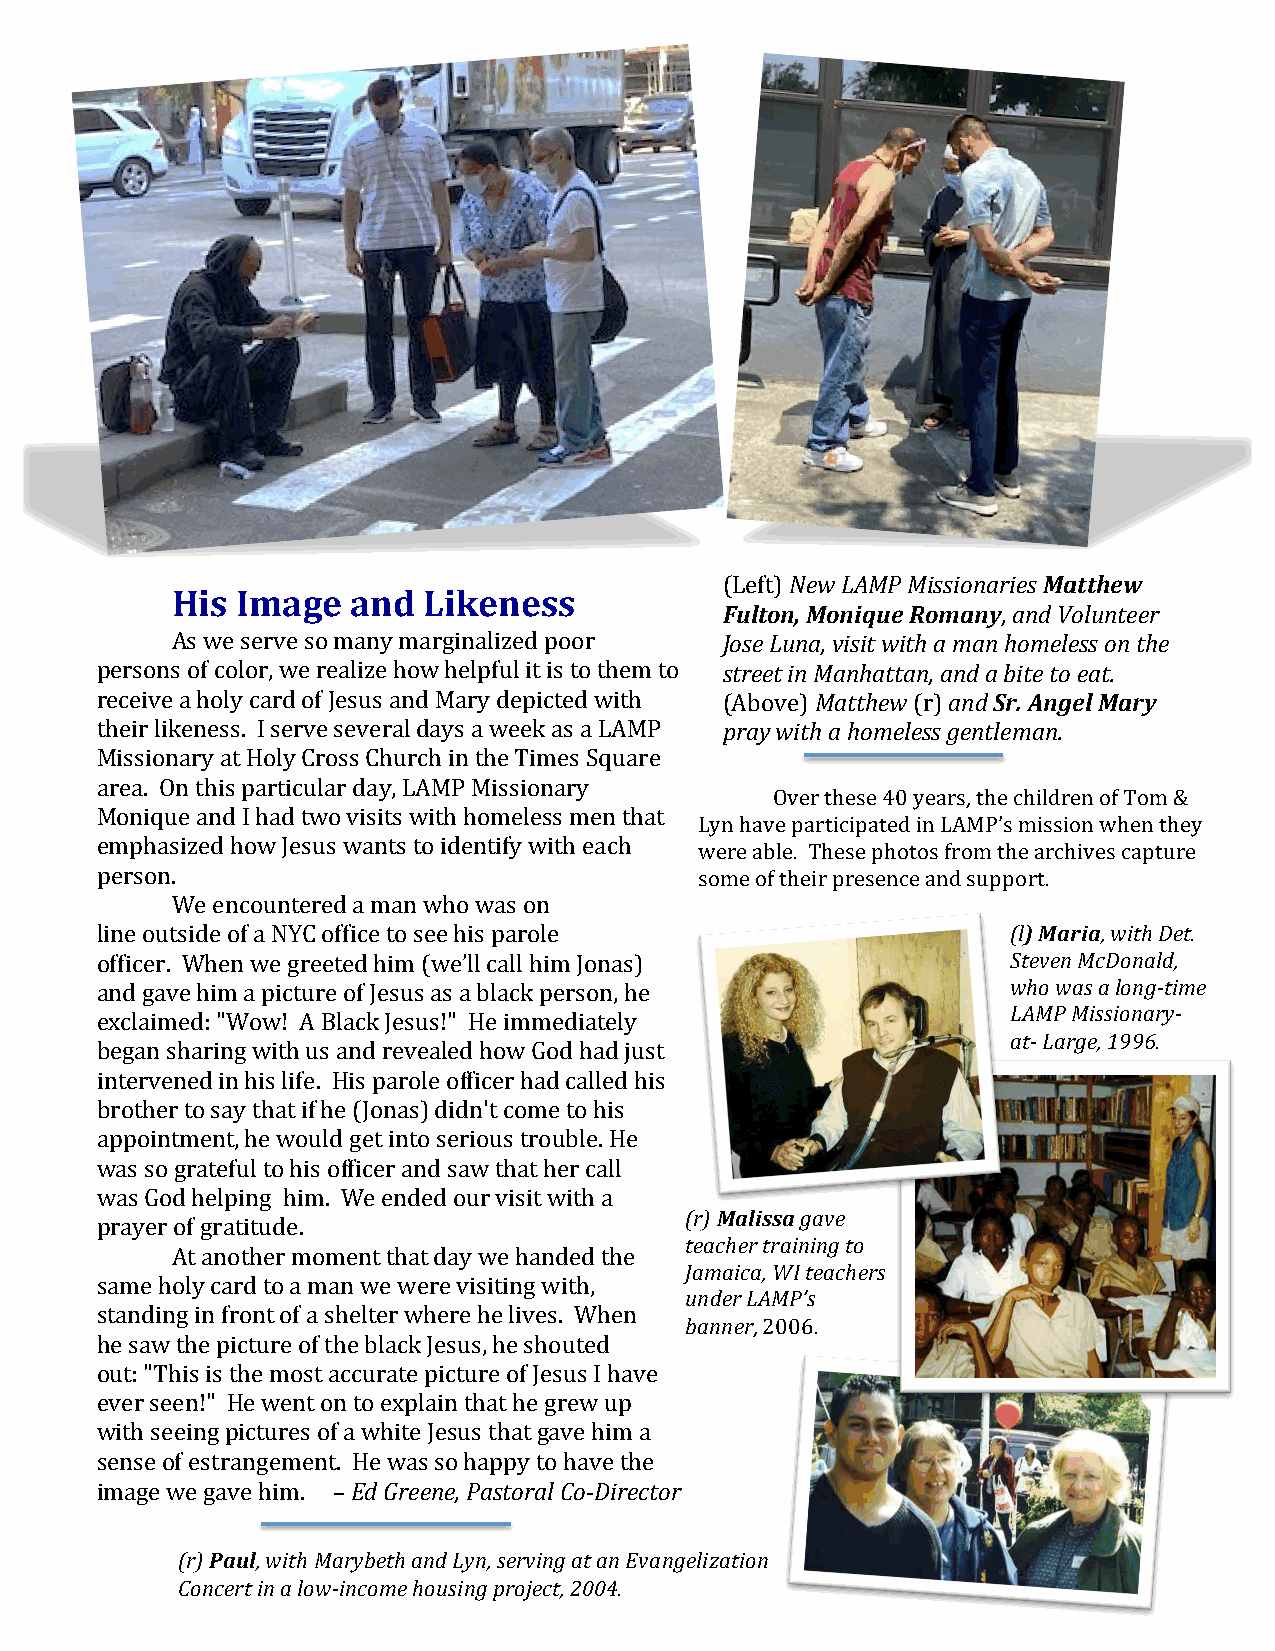
(Left) New LAMP Missionaries Matthew
 His  Image  and  Likeness
 Fulton, Monique Romany, and Volunteer
 As we serve so many marginalized poor Jose Luna, visit with a man homeless on the
 persons of color, we realize how helpful it is to them to street in Manhattan, and a bite to eat.
 receive a holy card of Jesus and Mary depicted with (Above) Matthew (r) and Sr. Angel Mary
 their likeness. I serve several days a week as a LAMP pray with a homeless gentleman.
 Missionary at Holy Cross Church in the Times Square
 area. On this particular day, LAMP Missionary
 Over these 40 years, the children of Tom &
 Monique and I had two visits with homeless men that
 Lyn have participated in LAMP’s mission when they
 emphasized how Jesus wants to identify with each
 were able. These photos from the archives capture
 person.                                 some of their presence and support.
 We encountered a man who was on
 line outside of a NYC office to see his parole               (l) Maria, with Det.
 officer. When we greeted him (we’ll call him Jonas)          Steven McDonald,
 and gave him a picture of Jesus as a black person, he        who was a long-time
 LAMP Missionary-
 exclaimed: "Wow! A Black Jesus!" He immediately
 at- Large, 1996.
 began sharing with us and revealed how God had just
 intervened in his life. His parole officer had called his
 brother to say that if he (Jonas) didn't come to his
 appointment, he would get into serious trouble. He
 was so grateful to his officer and saw that her call
 was God helping him. We ended our visit with a
 (r) Malissa gave
 prayer of gratitude.
 teacher training to
 At another moment that day we handed the
 Jamaica, WI teachers
 same holy card to a man we were visiting with,
 under LAMP’s
 standing in front of a shelter where he lives. When
 banner, 2006.
 he saw the picture of the black Jesus, he shouted
 out: "This is the most accurate picture of Jesus I have
 ever seen!" He went on to explain that he grew up
 with seeing pictures of a white Jesus that gave him a
 sense of estrangement. He was so happy to have the
 image we gave him. – Ed Greene, Pastoral Co-Director
 (r) Paul, with Marybeth and Lyn, serving at an Evangelization
 Concert in a low-income housing project, 2004.